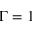
\Gamma = 1